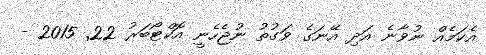
އެކަމެއް ނުވާނެ އަދި އޭނަގެ ވަގުތު ނުޖެހެނީ އޮކްޓޯބަރު 22